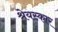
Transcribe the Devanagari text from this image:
श्रेयस्कार